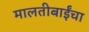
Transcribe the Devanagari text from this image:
मालतीबाईंचा